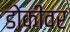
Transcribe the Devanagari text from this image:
डोकीवर